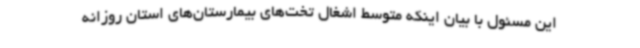
این مسئول با بیان اینکه متوسط اشغال تخت‌های بیمارستان‌های استان روزانه